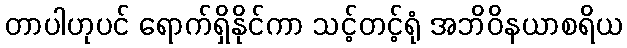
တာပါဟုပင် ရောက်ရှိနိုင်ကာ သင့်တင့်ရုံ အဘိဝိနယာစရိယ